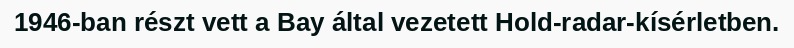
1946-ban részt vett a Bay által vezetett Hold-radar-kísérletben.